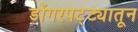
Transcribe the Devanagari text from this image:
डोंगरपट्ट्यातून